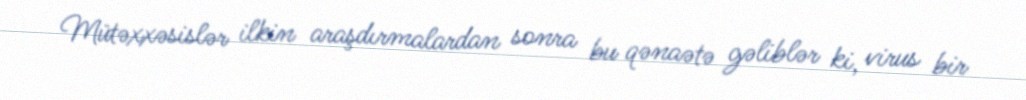
Mütəxxəsislər ilkin araşdırmalardan sonra bu qənaətə gəliblər ki, virus bir